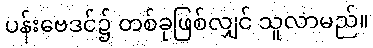
ပန်းဗေဒင်၌ တစ်ခုဖြစ်လျှင် သူလာမည်။